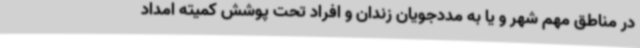
در مناطق مهم شهر و یا به مددجویان زندان و افراد تحت پوشش کمیته امداد